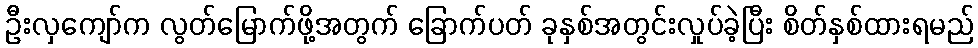
ဦးလှကျော်က လွတ်မြောက်ဖို့အတွက် ခြောက်ပတ် ခုနှစ်အတွင်းလှုပ်ခဲ့ပြီး စိတ်နှစ်ထားရမည်